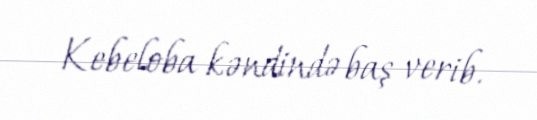
Kebeloba kəndində baş verib.